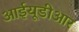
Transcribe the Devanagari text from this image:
आईयूडीआर